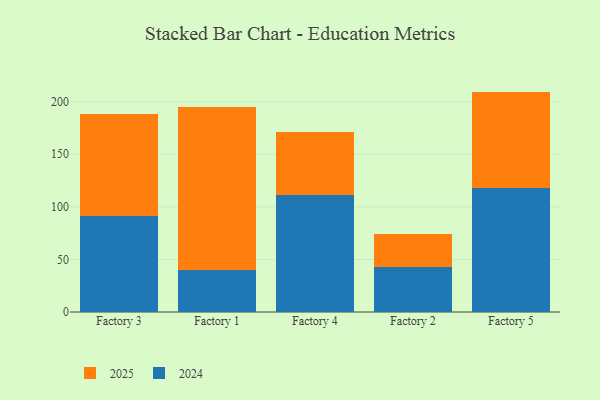
{"axis": {"x": "Factory", "y": "Churn Rate (%)"}, "legend": ["2024", "2025"], "data": [{"x": "Factory 3", "y": 97.2, "type": "2025"}, {"x": "Factory 3", "y": 91.0, "type": "2024"}, {"x": "Factory 1", "y": 154.4, "type": "2025"}, {"x": "Factory 1", "y": 40.2, "type": "2024"}, {"x": "Factory 4", "y": 59.7, "type": "2025"}, {"x": "Factory 4", "y": 111.1, "type": "2024"}, {"x": "Factory 2", "y": 31.8, "type": "2025"}, {"x": "Factory 2", "y": 42.5, "type": "2024"}, {"x": "Factory 5", "y": 91.2, "type": "2025"}, {"x": "Factory 5", "y": 118.4, "type": "2024"}]}